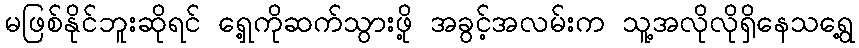
မဖြစ်နိုင်ဘူးဆိုရင် ရှေ့ကိုဆက်သွားဖို့ အခွင့်အလမ်းက သူ့အလိုလိုရှိနေသရွေ့